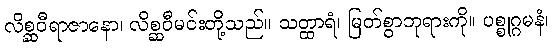
လိစ္ဆဝီရာဇာနော၊ လိစ္ဆဝီမင်းတို့သည်။ သတ္ထာရံ၊ မြတ်စွာဘုရားကို။ ပစ္စုဂ္ဂမနံ၊